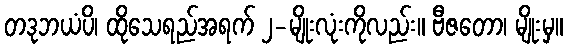
တဒုဘယံပိ၊ ထိုသေရည်အရက် ၂-မျိုးလုံးကိုလည်း။ ဗီဇတော၊ မျိုးမှ။